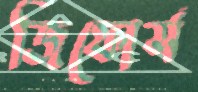
জিফোর্স